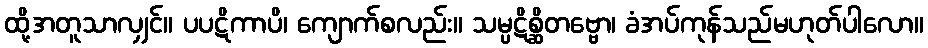
ထို့အတူသာလျှင်။ ပပဋိကာပိ၊ ကျောက်စလည်း။ သမ္ပဋိစ္ဆိတဗ္ဗော၊ ခံအပ်ကုန်သည်မဟုတ်ပါလော။